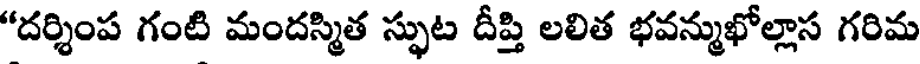
"దర్శింప గంటి మందస్మిత స్ఫుట దీప్తి లలిత భవన్ముఖోల్లాస గరిమ